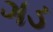
ગડ